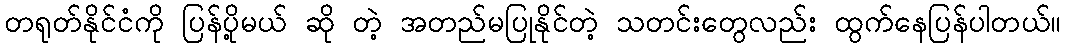
တရုတ်နိုင်ငံကို ပြန်ပို့မယ် ဆို တဲ့ အတည်မပြုနိုင်တဲ့ သတင်းတွေလည်း ထွက်နေပြန်ပါတယ်။